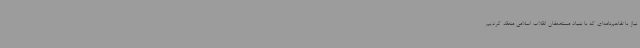
نیاز با تفاهم‌نامه‌ای که با بنیاد مستضعفان انقلاب اسلامی منعقد کردیم